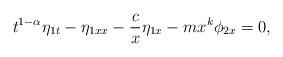
LaTeX: \begin{align*}t^{1-\alpha}\eta_{1t}-\eta_{1xx}-\frac{c}{x}\eta_{1x}-mx^k\phi_{2x}=0,\end{align*}